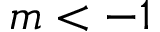
m < - 1